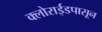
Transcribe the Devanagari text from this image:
क्लोराईडपासून